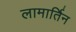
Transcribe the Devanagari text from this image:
लामार्तिन